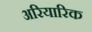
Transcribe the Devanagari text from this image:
अरियारिक